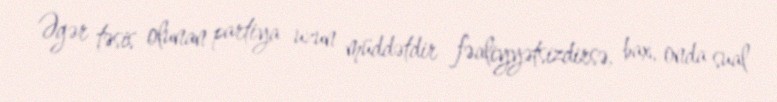
Əgər təsis olunan partiya uzun müddətdir fəaliyyətsizdirsə, bax, onda sual